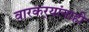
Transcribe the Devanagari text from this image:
वारकर्‍यांनाही